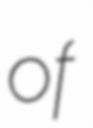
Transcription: of